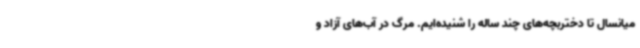
میانسال تا دختربچه‌های چند ساله را شنیده‌ایم. مرگ در آب‌های آزاد و